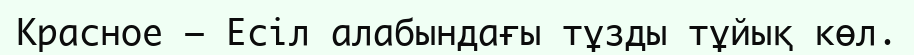
Красное – Есіл алабындағы тұзды тұйық көл.